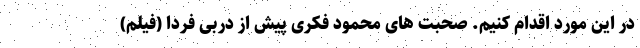
در این مورد اقدام ‌کنیم. صحبت های محمود فکری پیش از دربی فردا (فیلم)